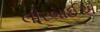
લીરબાઈએ